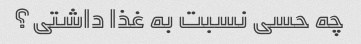
چه حسی نسبت به غذا داشتی؟